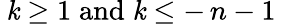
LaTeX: \: \mathit{k}\geq1\; \mathrm{{and}}\; \mathit{k}\leq-\, n-1\: